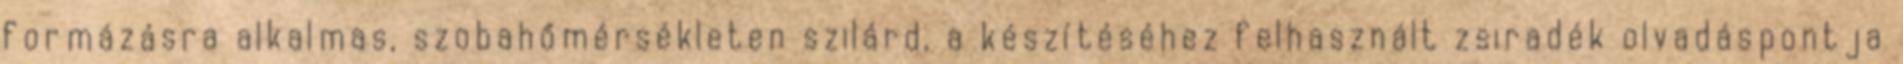
formázásra alkalmas, szobahőmérsékleten szilárd, a készítéséhez felhasznált zsiradék olvadáspontja